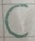
Text: C